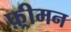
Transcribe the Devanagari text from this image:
फ़्रीमन